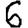
Digit: 6